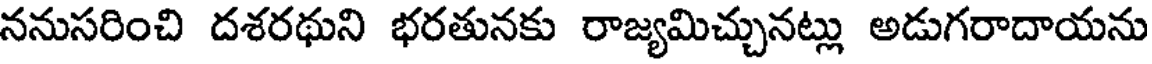
ననుసరించి దశరథుని భరతునకు రాజ్యమిచ్చునట్లు అడుగరాదాయను